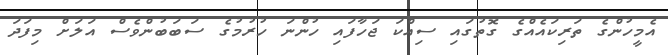
އެމީހުންގެ ތަރިކައެއްގެ ގޮތުގައި ސިއްކަ ޖަހާފައި ހުންނަ ހުރުމުގެ ސަބަބުންވެސް އަލަށް މިފަދަ